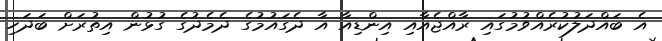
އެ ބައްދަލުކުރެއްވުމުގައި ރާއްޖެއާއި އިންޑިއާ އާ ދެގައުމުގެ ދެމެދުގެ ގުޅުން އިތުރަށް ބަދަހި